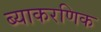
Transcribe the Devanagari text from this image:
ब्याकरणिक